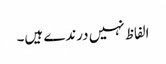
الفاظ نہیں درندے ہیں۔